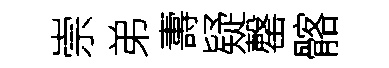
崇弟夀疑罄髂